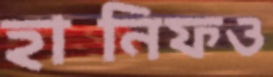
হানিফও